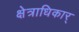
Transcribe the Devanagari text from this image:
क्षेत्राधिकार्